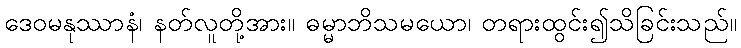
ဒေဝမနုဿာနံ၊ နတ်လူတို့အား။ ဓမ္မာဘိသမယော၊ တရားထွင်း၍သိခြင်းသည်။